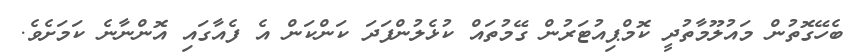
ބެހޭގޮތުން މައުލޫމާތުދީ ކޮމްޕިއުޓަރުން ގޭމުތައް ކުޅެލުންފަދަ ކަންކަން އެ ފެއާގައި އޮންނާނެ ކަމަށެވެ.